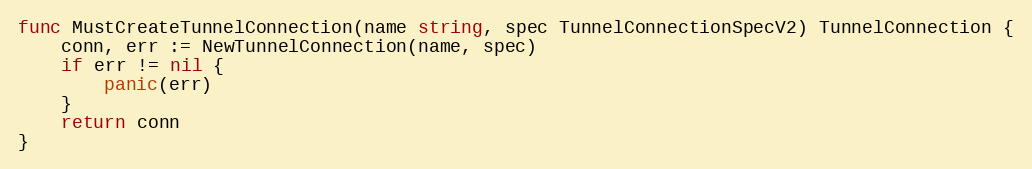
Language: Go
func MustCreateTunnelConnection(name string, spec TunnelConnectionSpecV2) TunnelConnection {
	conn, err := NewTunnelConnection(name, spec)
	if err != nil {
		panic(err)
	}
	return conn
}